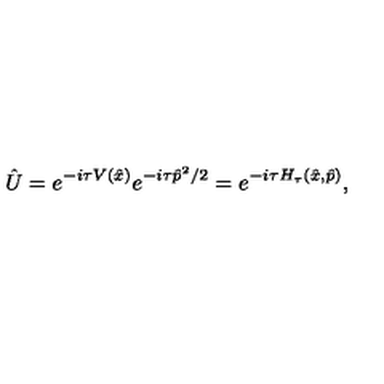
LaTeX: \hat { U } = e ^ { - i \tau V ( \hat { x } ) } e ^ { - i \tau \hat { p } ^ { 2 } / 2 } = e ^ { - i \tau H _ { \tau } ( \hat { x } , \hat { p } ) } ,